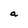
Character: a